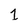
Character: 1